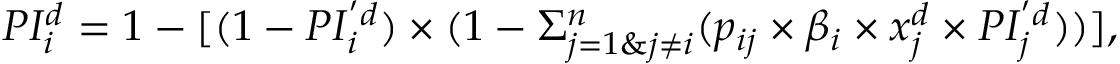
P I _ { i } ^ { d } = 1 - [ ( 1 - P I _ { i } ^ { ' d } ) \times ( 1 - \Sigma _ { j = 1 \& j \ne i } ^ { n } ( p _ { i j } \times \beta _ { i } \times x _ { j } ^ { d } \times P I _ { j } ^ { ' d } ) ) ] ,